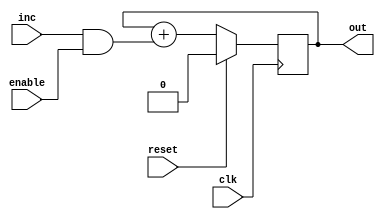
module dds(
    input                            clk,
    input                            reset,
    input                            enable,
    input [(PHASE_INC_WIDTH-1):0]    inc,
    output wire [(OUTPUT_WIDTH-1):0] out);
   
   parameter ACC_WIDTH = 1;
   parameter PHASE_INC_WIDTH = 1;
   parameter OUTPUT_WIDTH = 1;
   parameter PIPELINE = 0;
   parameter [(ACC_WIDTH-1):0] ACC_RESET_VALUE = {ACC_WIDTH{1'b0}};

   //Increment by zero to implement disable.
   wire [(PHASE_INC_WIDTH-1):0] inc_value;
   //assign inc_value = enable ? inc : {PHASE_INC_WIDTH{1'b0}};
   assign inc_value = inc & {PHASE_INC_WIDTH{enable}};

   //Zero-extend phase increment to accumulator width.
   wire [(ACC_WIDTH-1):0] inc_extended;
   assign inc_extended = {{ACC_WIDTH-PHASE_INC_WIDTH{1'b0}},inc_value};

   wire [(ACC_WIDTH-1):0] next_value;
   generate
      if(PIPELINE) begin
         wire [(ACC_WIDTH-1):0] inc_km1;
         delay #(.WIDTH(ACC_WIDTH))
           next_delay(.clk(clk),
                      .reset(reset),
                      .in(inc_extended),
                      .out(inc_km1));
         assign next_value = accumulator+inc_km1;
      end
      else begin
         assign next_value = accumulator+inc_extended;
      end
   endgenerate

   reg [(ACC_WIDTH-1):0] accumulator;
   always @(posedge clk) begin
      accumulator <= reset ? ACC_RESET_VALUE :
                     next_value;
      //accumulator <= next_value & {ACC_WIDTH{~reset}};
   end

   //Output is the top bits of the phase accumulator.
   assign out = accumulator[(ACC_WIDTH-1):(ACC_WIDTH-OUTPUT_WIDTH)];
endmodule